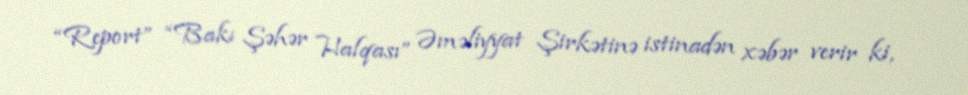
“Report” “Bakı Şəhər Halqası” Əməliyyat Şirkətinə istinadən xəbər verir ki,